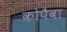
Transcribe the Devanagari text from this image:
कोपैबा